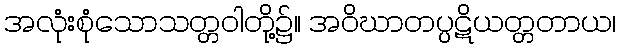
အလုံးစုံသောသတ္တဝါတို့၌။ အဝိဃာတပ္ပဋိယတ္တတာယ၊